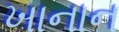
ખાનાન